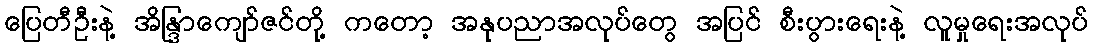
ပြေတီဦးနဲ့ အိန္ဒြာကျော်ဇင်တို့ ကတော့ အနုပညာအလုပ်တွေ အပြင် စီးပွားရေးနဲ့ လူမှုရေးအလုပ်